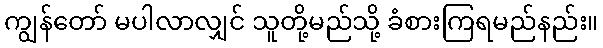
ကျွန်တော် မပါလာလျှင် သူတို့မည်သို့ ခံစားကြရမည်နည်း။